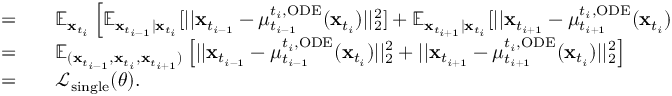
\begin{array} { r l } { = } & { { } \quad \mathbb { E } _ { \mathbf { x } _ { t _ { i } } } \left[ \mathbb { E } _ { \mathbf { x } _ { t _ { i - 1 } } | \mathbf { x } _ { t _ { i } } } [ | | \mathbf { x } _ { t _ { i - 1 } } - \mu _ { t _ { i - 1 } } ^ { t _ { i } , \mathrm { O D E } } ( \mathbf { x } _ { t _ { i } } ) | | _ { 2 } ^ { 2 } ] + \mathbb { E } _ { \mathbf { x } _ { t _ { i + 1 } } | \mathbf { x } _ { t _ { i } } } [ | | \mathbf { x } _ { t _ { i + 1 } } - \mu _ { t _ { i + 1 } } ^ { t _ { i } , \mathrm { O D E } } ( \mathbf { x } _ { t _ { i } } ) | | _ { 2 } ^ { 2 } ] \right] } \\ { = } & { { } \quad \mathbb { E } _ { ( \mathbf { x } _ { t _ { i - 1 } } , \mathbf { x } _ { t _ { i } } , \mathbf { x } _ { t _ { i + 1 } } ) } \left[ | | \mathbf { x } _ { t _ { i - 1 } } - \mu _ { t _ { i - 1 } } ^ { t _ { i } , \mathrm { O D E } } ( \mathbf { x } _ { t _ { i } } ) | | _ { 2 } ^ { 2 } + | | \mathbf { x } _ { t _ { i + 1 } } - \mu _ { t _ { i + 1 } } ^ { t _ { i } , \mathrm { O D E } } ( \mathbf { x } _ { t _ { i } } ) | | _ { 2 } ^ { 2 } \right] } \\ { = } & { { } \quad \mathcal { L } _ { \mathrm { s i n g l e } } ( \theta ) . } \end{array}